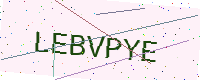
Text: LEBVPYE